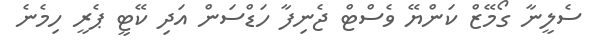
ސެލީނާ ގޯމޭޒް ކަންޔޭ ވެސްޓް ޖެނިފާ ހަޑްސަން އަދި ކޭޓީ ޕެރީ ހިމެނެ